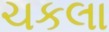
ચકલા